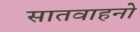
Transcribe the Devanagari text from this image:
सातवाहनो